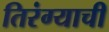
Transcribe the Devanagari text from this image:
तिरंग्याची